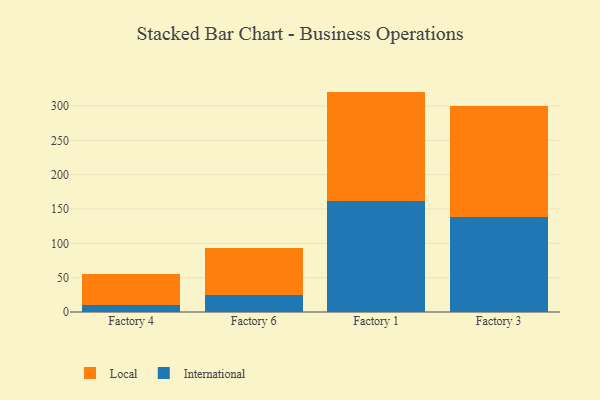
{"axis": {"x": "Factory", "y": "Bounce Rate (%)"}, "legend": ["International", "Local"], "data": [{"x": "Factory 4", "y": 10.9, "type": "International"}, {"x": "Factory 4", "y": 44.7, "type": "Local"}, {"x": "Factory 6", "y": 24.2, "type": "International"}, {"x": "Factory 6", "y": 69.4, "type": "Local"}, {"x": "Factory 1", "y": 161.8, "type": "International"}, {"x": "Factory 1", "y": 159.1, "type": "Local"}, {"x": "Factory 3", "y": 138.4, "type": "International"}, {"x": "Factory 3", "y": 161.9, "type": "Local"}]}